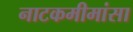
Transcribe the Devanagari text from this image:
नाटकमीमांसा